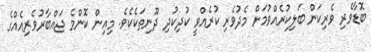
ބޮޑާވެރި ވެރިކަން ބަލިކުރެއްވުމަށް މެދުވެރި ކުރެއްވީ ކުދިކުދި ދޫނިތަކެކެވެ. މިއިން ކޮންމެ ޖައްބާރުވެރިއެއްގެ